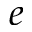
e